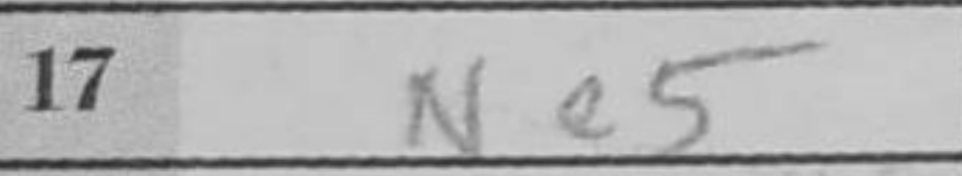
Transcription: Ne5